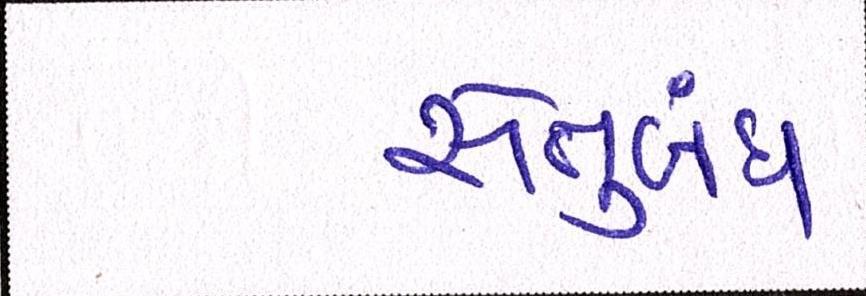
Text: સેતુબંધ